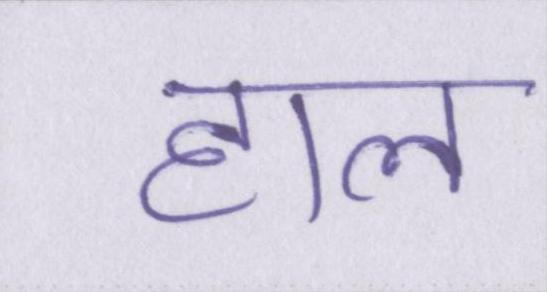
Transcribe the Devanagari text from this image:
हाल